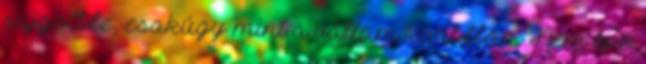
sajgott be, csakúgy mint a vállam korábban. Nem épp